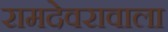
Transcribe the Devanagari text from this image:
रामदेवरावाला